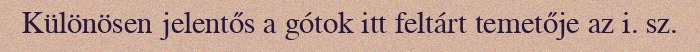
Különösen jelentős a gótok itt feltárt temetője az i. sz.